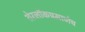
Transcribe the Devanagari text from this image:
शेरलाॅकप्रमाणेच